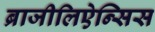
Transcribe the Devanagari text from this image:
ब्राजीलिऐन्सिस